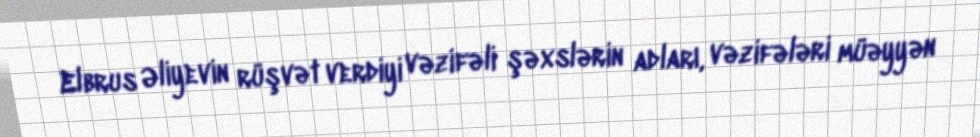
Elbrus Əliyevin rüşvət verdiyi vəzifəli şəxslərin adları, vəzifələri müəyyən